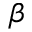
\beta